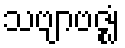
သဗျာဗဇ္ဈံ